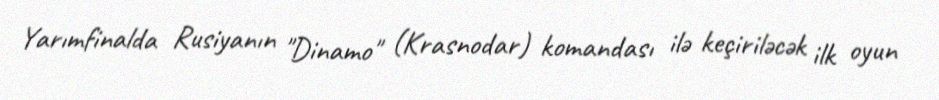
Yarımfinalda Rusiyanın "Dinamo" (Krasnodar) komandası ilə keçiriləcək ilk oyun